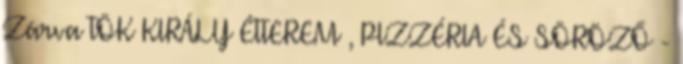
Zárva TÖK KIRÁLY ÉTTEREM , PIZZÉRIA ÉS SÖRÖZŐ -